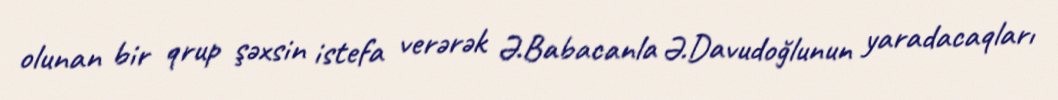
olunan bir qrup şəxsin istefa verərək Ə.Babacanla Ə.Davudoğlunun yaradacaqları